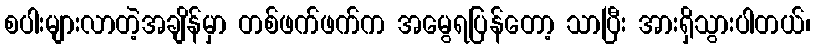
စပါးများလာတဲ့အချိန်မှာ တစ်ဖက်ဖက်က အမွေရပြန်တော့ သာပြီး အားရှိသွားပါတယ်၊